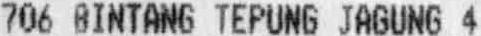
706 BINTANG TEPUNG JAGUNG 4